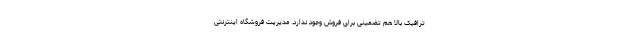
ترافیک بالا هم تضمینی برای فروش وجود ندارد. مدیریت فروشگاه اینترنتی